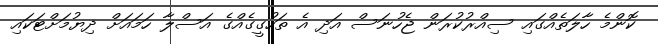
ކޮންމެ ހާލަތެއްގައި ސިއްރުކުރަން ޖެހުނަސް އަދި އެ ތަހުގީގެއްގެ އަސްލާ ހަމައަށް ދިޔުމަށްޓަކައި